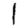
Digit: 1